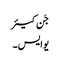
جَن کیئر
یو ایس ۔